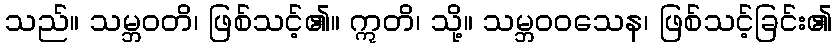
သည်။ သမ္ဘဝတိ၊ ဖြစ်သင့်၏။ ဣတိ၊ သို့။ သမ္ဘဝဝသေန၊ ဖြစ်သင့်ခြင်း၏